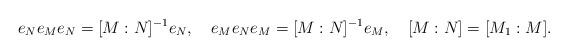
LaTeX: \begin{align*} e_Ne_Me_N=[M:N]^{-1}e_N, \ \ \ e_Me_Ne_M=[M:N]^{-1}e_M, \ \ \ [M:N]=[M_1:M].\end{align*}